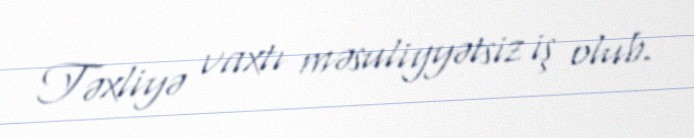
Təxliyə vaxtı məsuliyyətsiz iş olub.